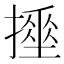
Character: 𢴹